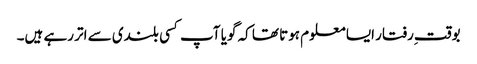
بوقت ِرفتار ایسا معلوم ہوتا تھا کہ گویا آپ کسی بلندی سے اتر رہے ہیں۔